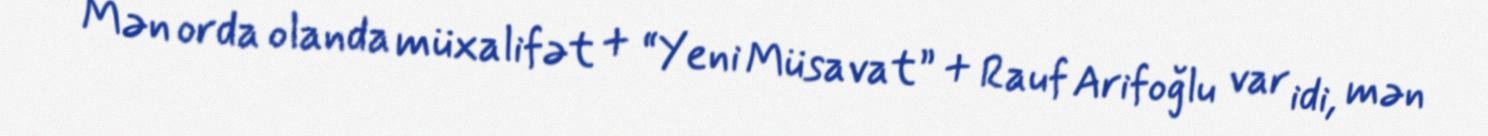
Mən orda olanda müxalifət + “Yeni Müsavat” + Rauf Arifoğlu var idi, mən